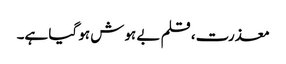
معذرت، قلم بے ہوش ہو گیا ہے۔